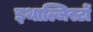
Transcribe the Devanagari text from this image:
इथाल्जिस्टों